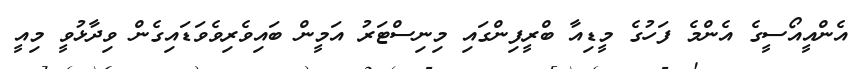
އެންއީއޯސީގެ އެންމެ ފަހުގެ މީޑިއާ ބްރީފިންގައި މިނިސްޓަރު އަމީން ބައިވެރިވެވަޑައިގެން ވިދާޅުވީ މިއީ